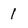
Character: l